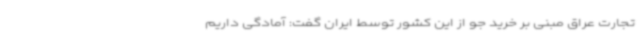
تجارت عراق مبنی بر خرید جو از این کشور توسط ایران گفت: آمادگی داریم